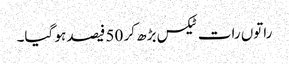
راتوں رات ٹیکس بڑھ کر 50 فیصد ہو گیا۔